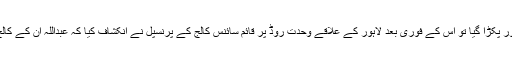
کہانی نے یہیں پر ایک اور ٹوئسٹ لیا جب عبداللہ نے فائرنگ کی اور پکڑا گیا تو اس کے فوری بعد لاہور کے علاقے وحدت روڈ پر قائم سائنس کالج کے پرنسپل نے انکشاف کیا کہ عبداللہ ان کے کالج کا کیشیئر ہے اور بینک اپنی والدہ کی پنشن لینے کے لئے گیا تھا۔